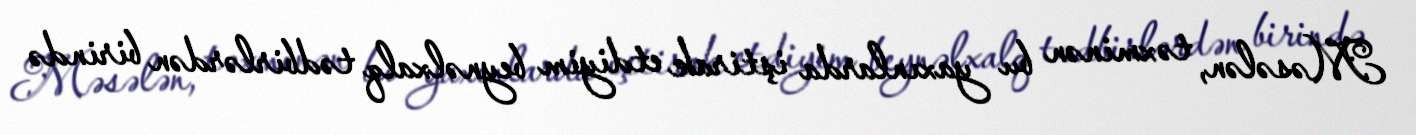
Məsələn, təxminən bu yaxınlarda iştirak etdiyim beynəlxalq tədbirlərdən birində